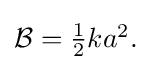
{\textstyle {\mathcal {B}}={\tfrac {1}{2}}ka^{2}.}